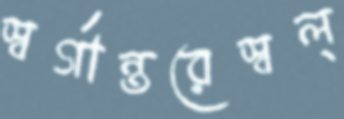
স্বর্গান্তরেস্বল্